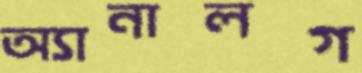
অ্যানালগ